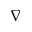
\nabla